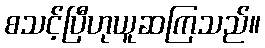
စသင့်ပြီဟုယူဆကြသည်။